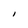
Character: l